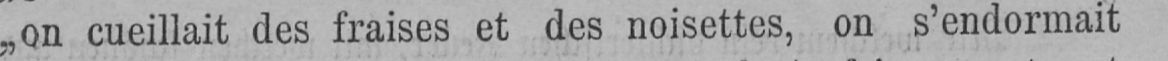
„on cueillait des fraises et des noisettes, on s’endormait